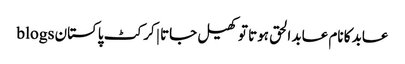
عابد کا نام عابد الحق ہوتا تو کھیل جاتا | کرکٹ پاکستان blogs